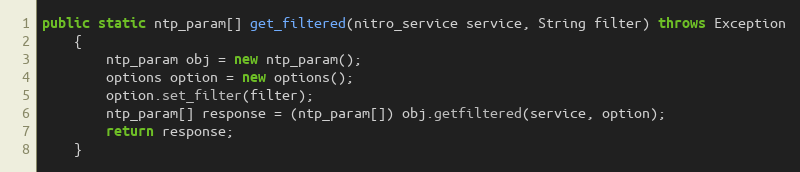
Language: Java
public static ntp_param[] get_filtered(nitro_service service, String filter) throws Exception
	{
		ntp_param obj = new ntp_param();
		options option = new options();
		option.set_filter(filter);
		ntp_param[] response = (ntp_param[]) obj.getfiltered(service, option);
		return response;
	}